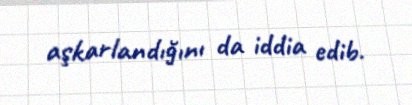
aşkarlandığını da iddia edib.